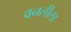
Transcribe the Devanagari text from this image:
वनलीला